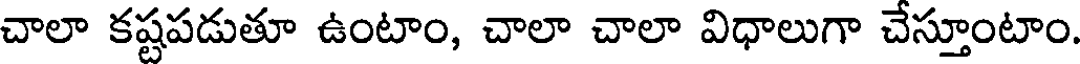
చాలా కష్టపడుతూ ఉంటాం, చాలా చాలా విధాలుగా చేస్తూంటాం